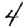
Digit: 4